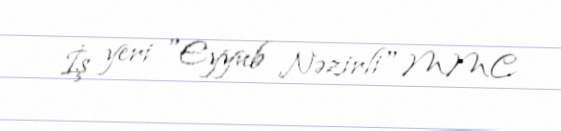
İş yeri "Eyyub Nəzirli" MMC